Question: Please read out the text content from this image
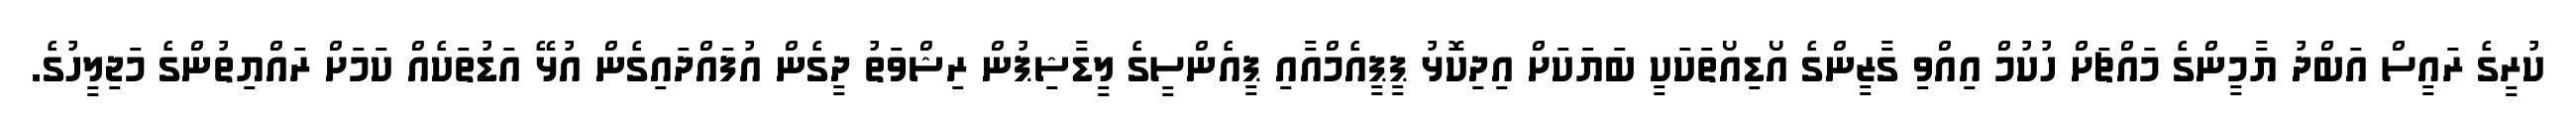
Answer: ކުރީގެ ރައީސް އަބްދު ޔާމީންގެ މައްޗަށް ހުކުމް އިއްވި ގާޒީންގެ އޯޑިއޯތަކަކީ ބަޔަކަށް އިދިކޮޅު ޕީޕީއެމްއާއި ޕީއެންސީގެ ލީޑާޝިޕުން ރިޝްވަތު ދީގެން އުފައްދައިގެން އުޅޭ އަޑުތަކެއް ކަމަށް ރައްޔިތުންގެ މަޖިލީހުގެ.